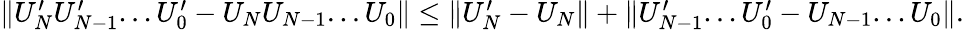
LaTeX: \begin{array}{r}{\lVert U_{N}^{\prime}U_{N-1}^{\prime}...U_{0}^{\prime}-U_{N}U_{N-1}...U_{0}\rVert\leq\lVert U_{N}^{\prime}-U_{N}\rVert+\lVert U_{N-1}^{\prime}...U_{0}^{\prime}-U_{N-1}...U_{0}\rVert.}\end{array}